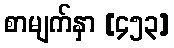
စာမျက်နှာ [၄၅၃]